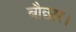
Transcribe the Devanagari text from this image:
बौछार।